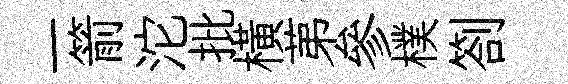
一箭沱批横苐參樸劄